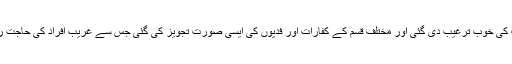
علاوہ ازیں، صدقات و خیرات کی خوب ترغیب دی گئی اور مختلف قسم کے کفارات اور فدیوں کی ایسی صورت تجویز کی گئی جس سے غریب افراد کی حاجت روائی کا سامان بھی پیدا ہوگیا۔